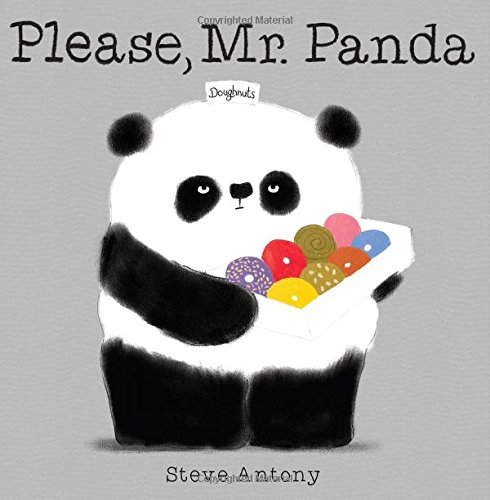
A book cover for Please, Mr. Panda; Steve Antony; Children's Books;